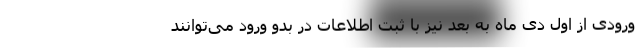
ورودی از اول دی ماه به بعد نیز با ثبت اطلاعات در بدو ورود می‌توانند